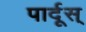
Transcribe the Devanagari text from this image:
पार्दूस्